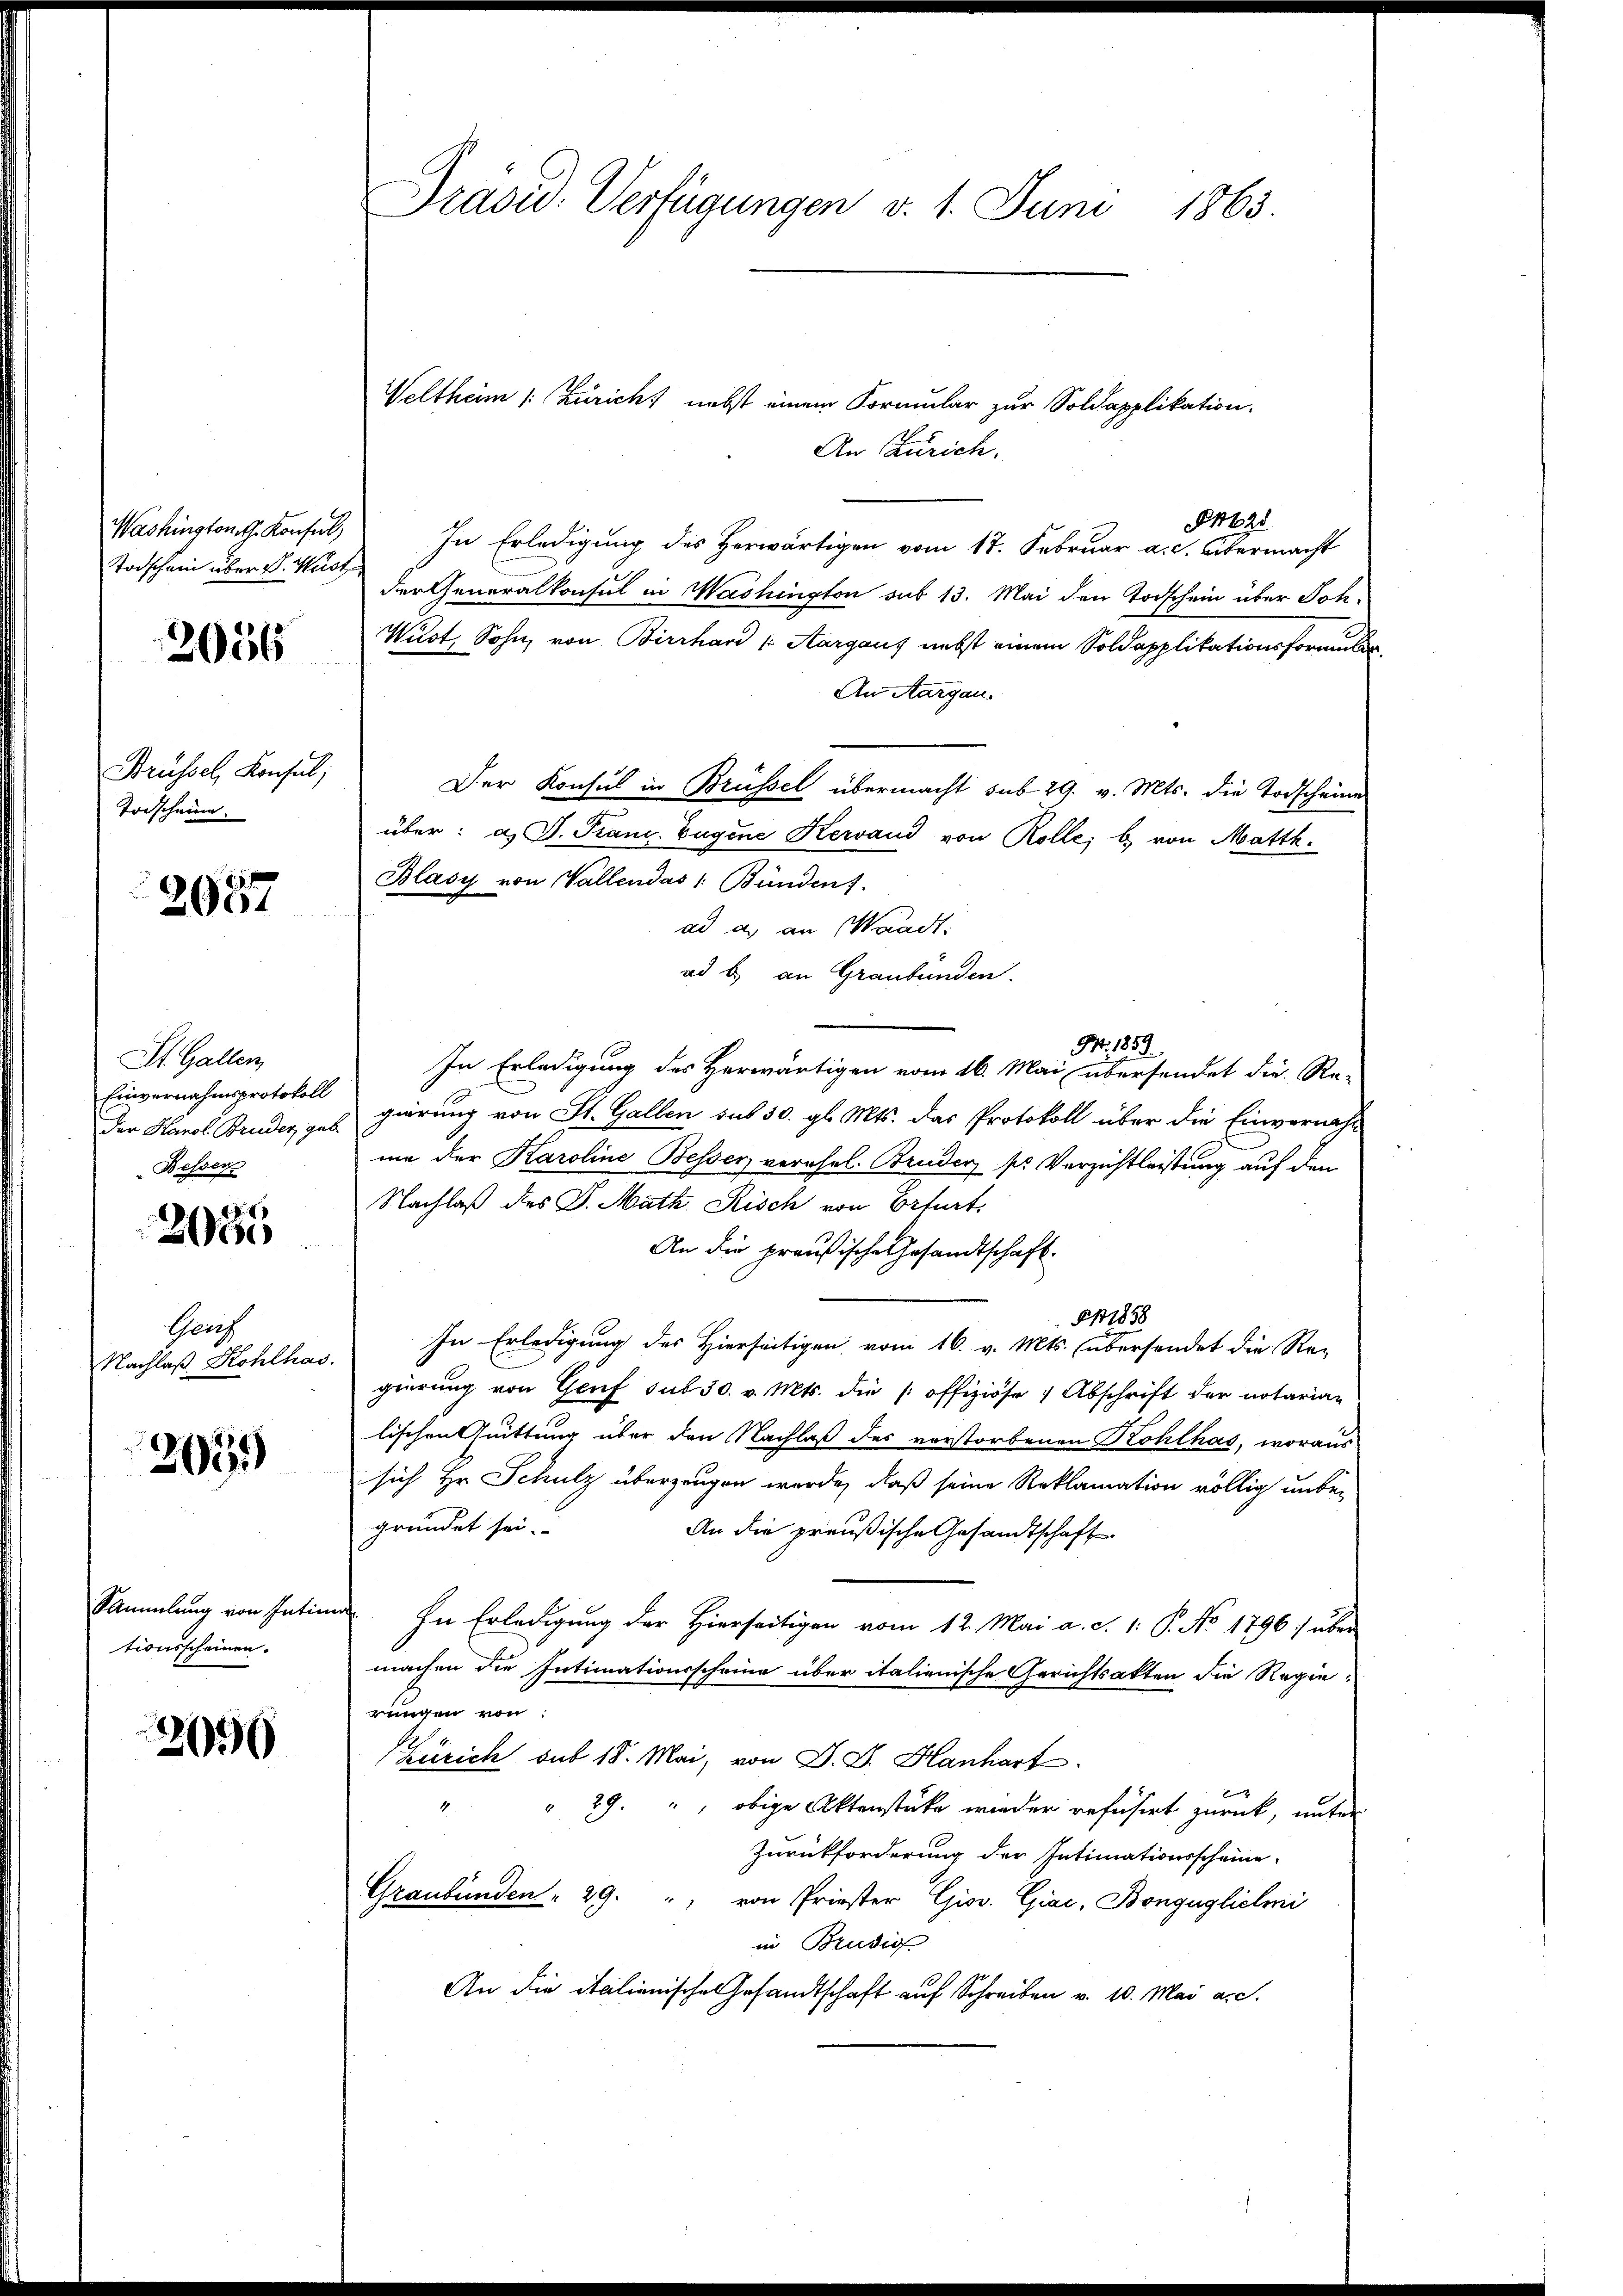
Todschain über V. Wüst

2056

Brüssel, Konsul
Todscheine

2057

St. Gallen,
Einvernahmsprotokoll
der Karol. Bruder geb
Bessers

2960

Genz
Nachlaß Kohlhas.

2035

Sammlung von Intim
tionsscheinen.

2090

Präsid. Verfügungen v. 1. Juni 1863.

Veltheim (: Züricht nebst einem Formular zur Soldapplikation.
An Zürich.
§4628
Washington Konsul, In Erledigung des Herwärtigen vom 17. Februar a. c. Übermacht
der Generalkonsul in Washington sub 13. Mai den Todschein über Joh.
Wilst, Sohn von Birrhard (Aargaus nebst einem Soldapplikationsformel
An Aargau.
Der Konsul in Brüssel übermacht sub 29. v. Mts. die Todscheine
über: a. P. Franz. Eugene Kervand von Rolle; b.) von Matth.
Blasy von Wallendas 1. Bündent
ad a. an Waadt:
ad b) an Graubünden.
Nr. 1853.
In Erledigung des Herwärtigen vom 16. Mai übersendet die Re-
gierung von St. Gallen sub 30. gl. Mts. das Protokoll über die Einverwahl
um der Karoline Besser verehel. Bruder, sr Verzichtleistung auf den
Nachlaß des J. Math. Risch von Orturt
An die preußische Gesandtschaft.
§ 1858
In Erledigung des Hierseitigen vom 16. v. Mts. übersendet die Re-
gierung von Genf sub 30. v. Mts. die offiziöse Abschrift der notaria-
lischen Quittung über den Nachlaß des vorstorbenen Kohlhas, woraus
sich Hr. Schulz überzeugen werde, daß seine Reklamation völlig unbegründet sei.
An die preußische Gesandtschaft
In Erledigung der Hierseitigen vom 12. Mai a. S. 1: P. No 1796 :/ über
machen die Intimationsscheine über italienische Gerichtsakten die Regie-
rungen von
Zürich sub 18. Mai, von D. G. Hanhart
" 29. " obige Aktenstücke wieder refusert zurück, unter
4
Zurückforderung der Intimationsscheine
Graubünden " 29. " von Priester Giov. Giac, Bonguglichni
in Brusio
An die italienische Gesandtschaft auf Schreiben v. 10. Mai a.c.